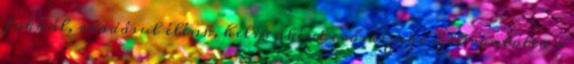
foknál, ráadásul élénk, helyenként erős északi szél rontotta a